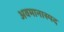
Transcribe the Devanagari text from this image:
अवमानास्पद